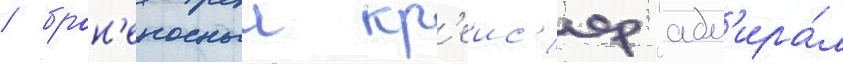
/ брон'еносныи кр'еис'ер "адм'ира́л